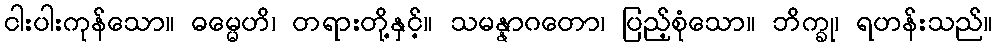
ငါးပါးကုန်သော။ ဓမ္မေဟိ၊ တရားတို့နှင့်။ သမန္နာဂတော၊ ပြည့်စုံသော။ ဘိက္ခု၊ ရဟန်းသည်။